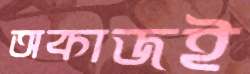
অকাজই